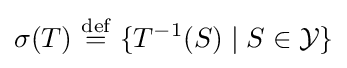
\sigma (T)\ {\stackrel {\text{def}}{=}}\ \{T^{-1}(S)\mid S\in {\mathcal {Y}}\}